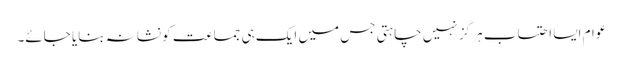
عوام ایسا احتساب ہر گز نہیں چاہتی جس میں ایک ہی جماعت کو نشانہ بنایا جائے۔